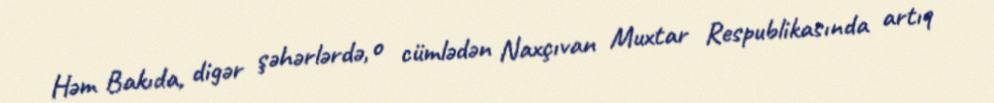
Həm Bakıda, digər şəhərlərdə, o cümlədən Naxçıvan Muxtar Respublikasında artıq